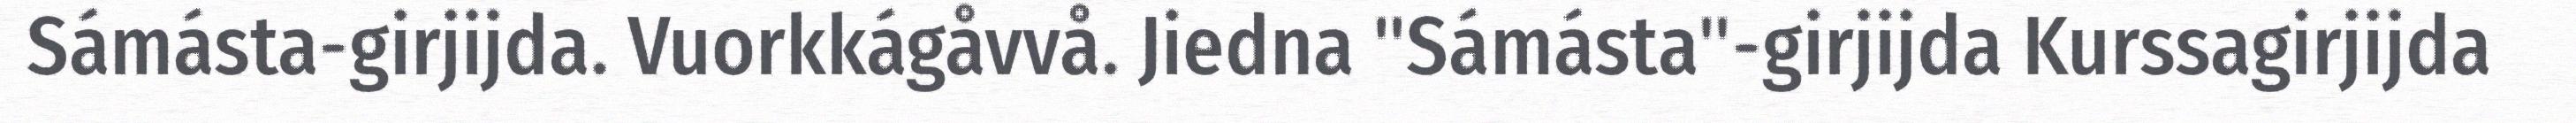
Sámásta-girjijda. Vuorkkágåvvå. Jiedna "Sámásta"-girjijda Kurssagirjijda